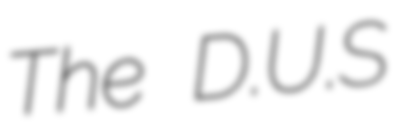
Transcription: The D.U.S